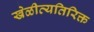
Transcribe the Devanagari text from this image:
खेळीव्यतिरिक्त